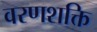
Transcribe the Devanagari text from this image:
वरणशक्ति